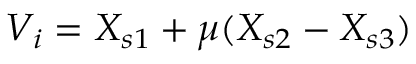
V _ { i } = X _ { s 1 } + \mu ( X _ { s 2 } - X _ { s 3 } )